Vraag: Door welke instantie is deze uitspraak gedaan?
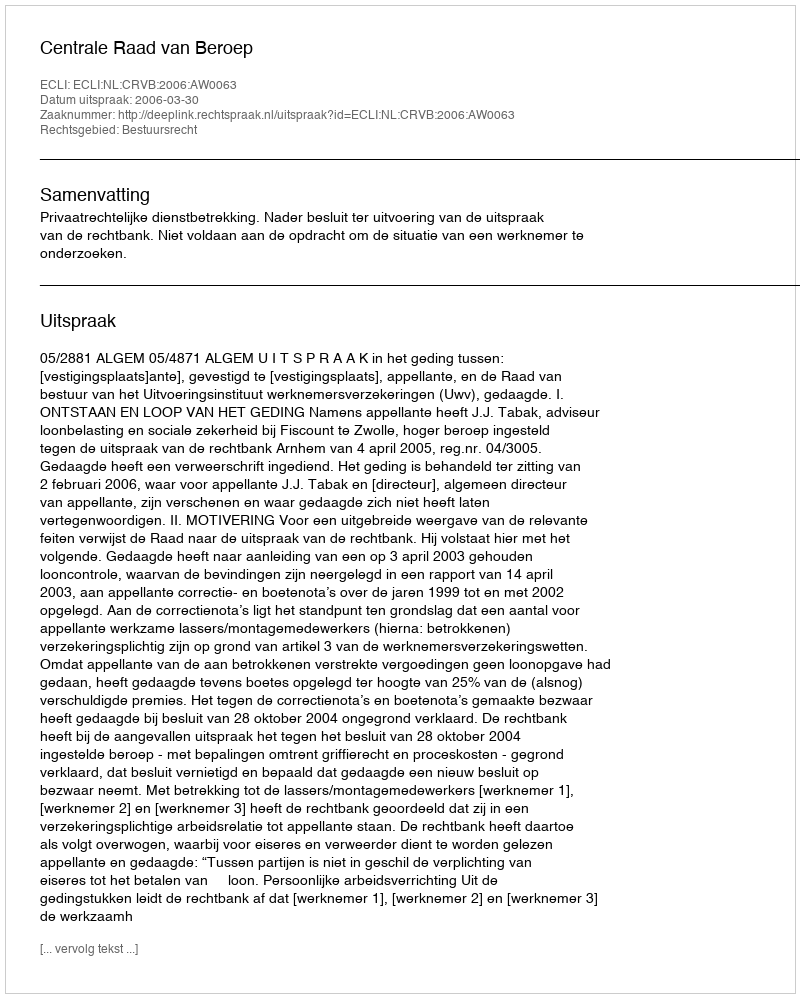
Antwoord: Centrale Raad van Beroep